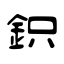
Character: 鉙